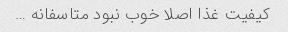
کیفیت غذا اصلا خوب نبود متاسفانه …‌